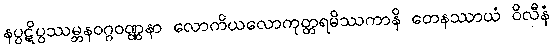
နပ္ပဋိပ္ပဿမ္ဘနဝဂ္ဂဝဏ္ဏနာ လောကိယလောကုတ္တရမိဿကာနိ တေနဿာယံ ဝိလီနံ